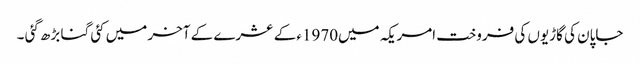
جاپان کی گاڑیوں کی فروخت امریکہ میں1970ء کے عشرے کے آخر میں کئی گنا بڑھ گئی ۔